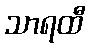
သာရထီ